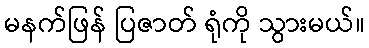
မနက်ဖြန် ပြဇာတ် ရုံကို သွားမယ်။